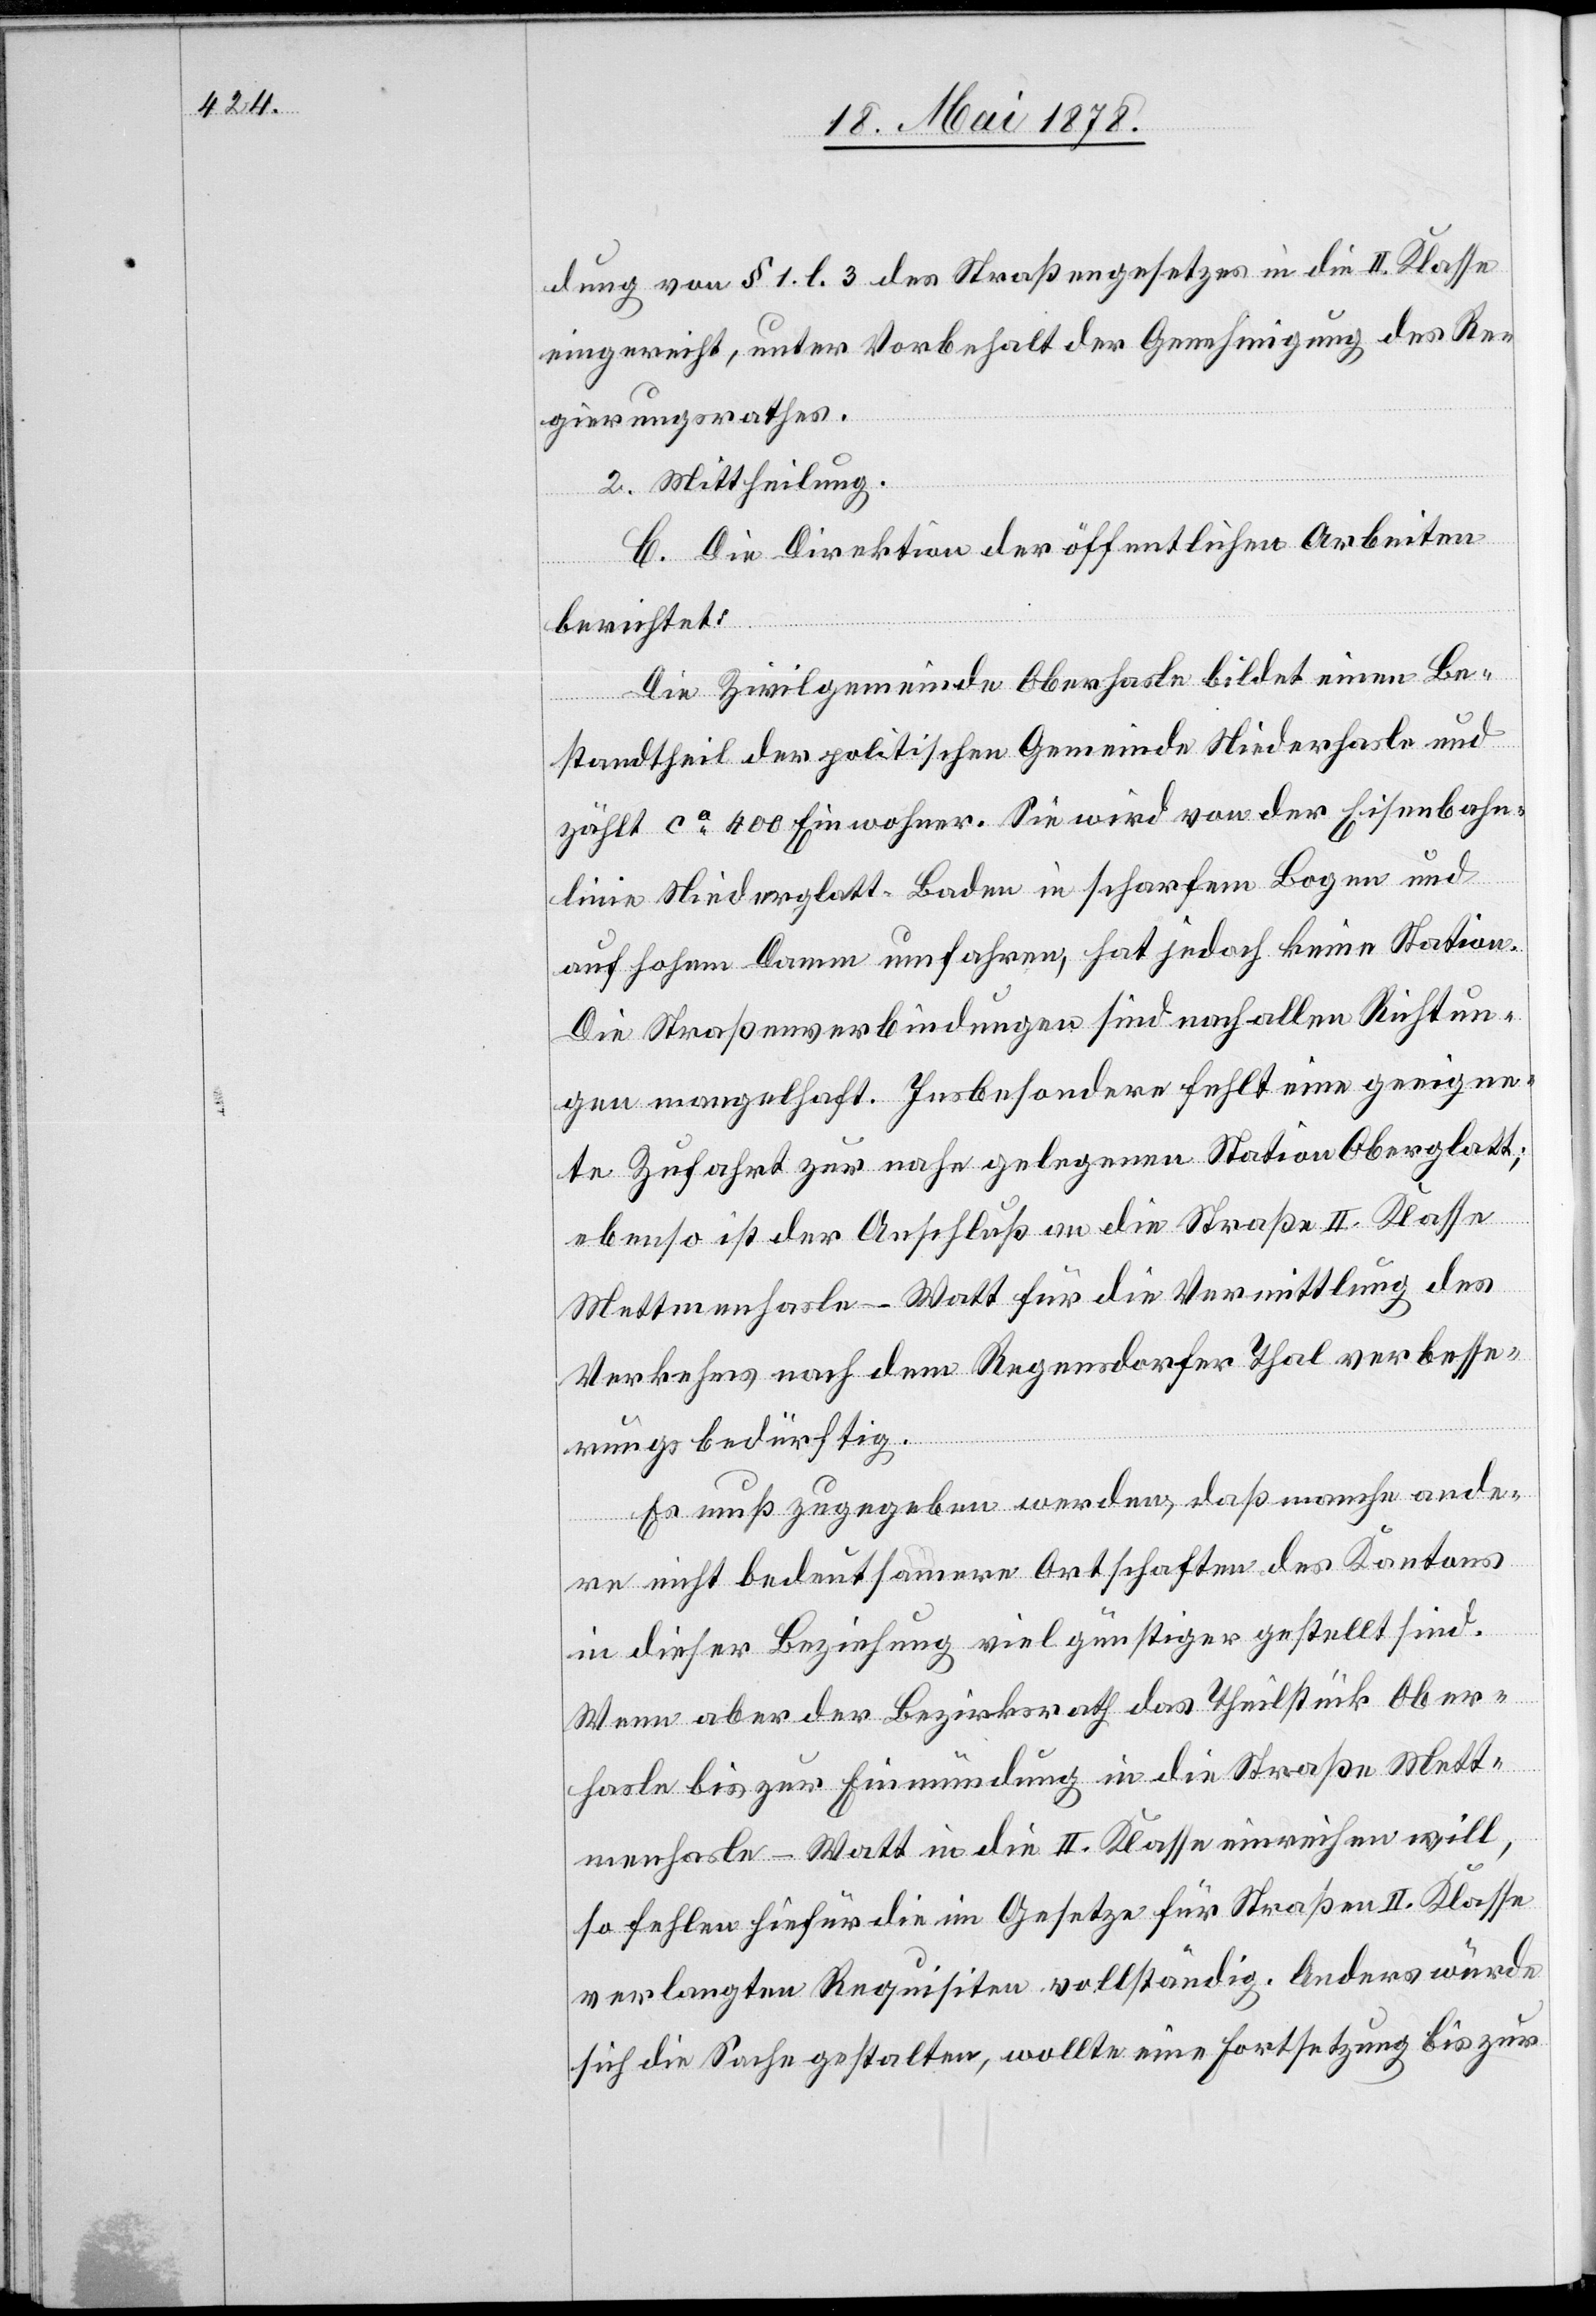
dung von § 1 l. 3 des Straßengesetzes in die II. Klasse
eingereiht, unter Vorbehalt der Genehmigung des Re¬
gierungsrathes.
2. Mittheilung.
C. Die Direktion der öffentlichen Arbeiten
berichtet:
Die Zivilgemeinde Oberhasle bildet einen Be¬
standtheil der politischen Gemeinde Niederhasle und
zählt ca 400 Einwohner. Sie wird von der Eisenbahn¬
linie Niederglatt–Baden in scharfem Bogen und
auf hohem Damm umfahren, hat jedoch keine Station.
Die Straßenverbindungen sind nach allen Richtun¬
gen mangelhaft. Insbesondere fehlt eine geeigne¬
te Zufahrt zur nahe gelegenen Station Oberglatt;
ebenso ist der Anschluß an die Straße II. Klasse
Mettmenhasle–Watt für die Vermittlung des
Verkehrs nach dem Regensdorfer Thal verbesse¬
rungsbedürftig.
Es muß zugegeben werden, daß manche ande¬
re nicht bedeutsamere Ortschaften des Kantons
in dieser Beziehung viel günstiger gestellt sind.
Wenn aber der Bezirksrath das Theilstück Ober¬
hasle bis zur Einmündung in die Straße Mett¬
menhasle–Watt in die II. Klasse einreichen will,
so fehlen hiefür die im Gesetze für Straßen II. Klasse
verlangten Requisiten vollständig. Anders würde
sich die Sache gestalten, wollte eine Fortsetzung bis zur